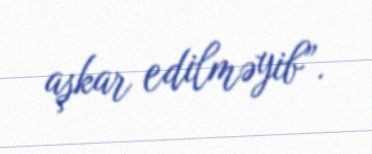
aşkar edilməyib”.